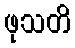
ဖုသတိ